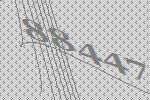
88447